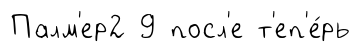
Палм'ер2 9 посл'е т'еп'е́рь